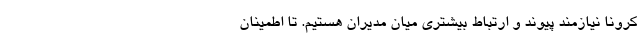
کرونا نیازمند پیوند و ارتباط بیشتری میان مدیران هستیم. تا اطمینان